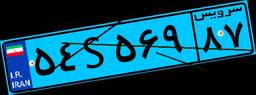
۲۸S۰۷۸۱۰